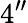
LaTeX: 4^{\prime\prime}